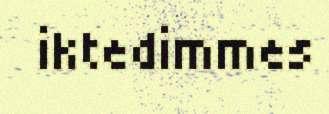
iktedimmes